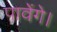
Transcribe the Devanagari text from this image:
पावेंगे।